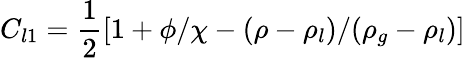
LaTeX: C_{l1}=\frac{1}{2}\left[1+\phi/\chi-(\rho-\rho_{l})/(\rho_{g}-\rho_{l})\right]